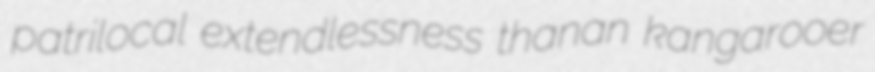
patrilocal extendlessness thanan kangarooer